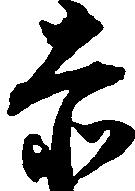
赤